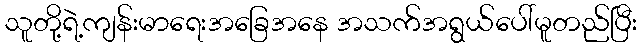
သူတို့ရဲ့ကျန်းမာရေးအခြေအနေ အသက်အရွယ်ပေါ်မူတည်ပြီး